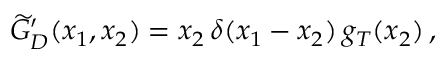
\widetilde { G } _ { D } ^ { \prime } ( x _ { 1 } , x _ { 2 } ) = x _ { 2 } \, \delta ( x _ { 1 } - x _ { 2 } ) \, g _ { T } ( x _ { 2 } ) \, ,